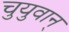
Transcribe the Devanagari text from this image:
चुयुवान्